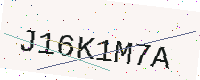
Text: J16K1M7A